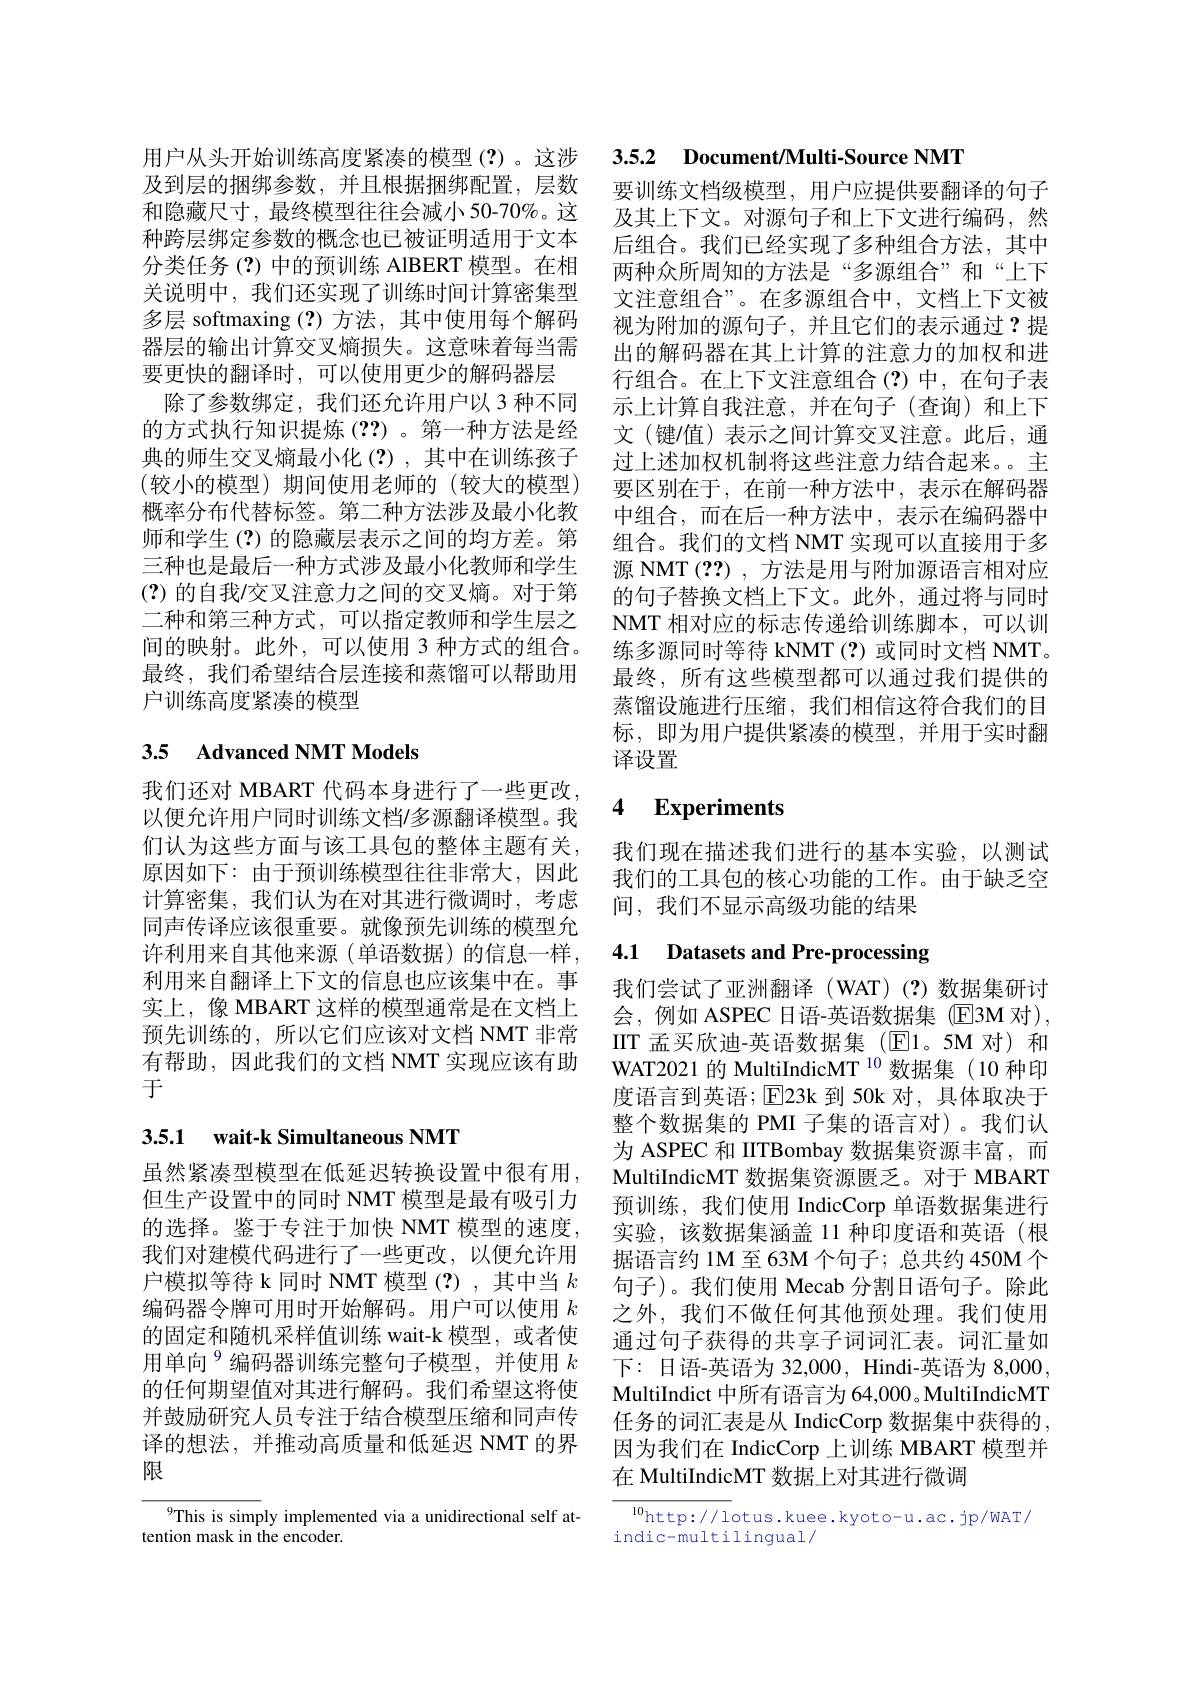
及到层的捆绑参数，并且根据捆绑配置，层数 要训练文档级模型，用户应提供要翻译的句子和隐藏尺寸，最终模型往往会减小50-70%。这 及其上下文。对源句子和上下文进行编码，然种跨层绑定参数的概念也已被证明适用于文本 后组合。我们已经实现了多种组合方法，其中分类任务(?)中的预训练 AlBERT 模型。在相关说明中，我们还实现了训练时间计算密集型多层 softmaxing (?)方法，其中使用每个解码 视为附加的源句子，并且它们的表示通过？提
器层的输出计算交叉熵损失。这意味着每当需要更快的翻译时，可以使用更少的解码器层除了参数绑定，我们还允许用户以 3 种不同
的方式执行知识提炼(??)。第一种方法是经典的师生交叉熵最小化(?),其中在训练孩子(较小的模型)期间使用老师的(较大的模型) 概率分布代替标签。第二种方法涉及最小化教师和学生(?)的隐藏层表示之间的均方差。第三种也是最后一种方式涉及最小化教师和学生(?)的自我/交叉注意力之间的交叉熵。对于第二种和第三种方式，可以指定教师和学生层之间的映射。此外，可以使用 3 种方式的组合。最终，我们希望结合层连接和蒸馏可以帮助用户训练高度紧凑的模型

### 3.5 Advanced NMT Models

我们还对 MBART 代码本身进行了一些更改， 以便允许用户同时训练文档/多源翻译模型。我们认为这些方面与该工具包的整体主题有关， 原因如下：由于预训练模型往往非常大，因此计算密集，我们认为在对其进行微调时，考虑同声传译应该很重要。就像预先训练的模型允许利用来自其他来源(单语数据)的信息一样， 利用来自翻译上下文的信息也应该集中在。事实上，像 MBART 这样的模型通常是在文档上预先训练的，所以它们应该对文档 NMT 非常有帮助，因此我们的文档 NMT 实现应该有助于

## 3.5.1 wait-k Simultaneous NMT

虽然紧凑型模型在低延迟转换设置中很有用， 但生产设置中的同时 NMT 模型是最有吸引力的选择。鉴于专注于加快 NMT 模型的速度， 我们对建模代码进行了一些更改，以便允许用户模拟等待 k 同时 NMT 模型(?),其中当$k$ 编码器令牌可用时开始解码。用户可以使用$k$ 的固定和随机采样值训练 wait-k 模型，或者使用单向$^{9}$编码器训练完整句子模型，并使用 $k$ 的任何期望值对其进行解码。我们希望这将使并鼓励研究人员专注于结合模型压缩和同声传译的想法，并推动高质量和低延迟 NMT 的界限

9This is simply implemented via a unidirectional self at-
tention mask in the encoder.

用户从头开始训练高度紧凑的模型(?)。这涉 3.5.2 Document/Multi-Source NMT

两种众所周知的方法是“多源组合”和“上下文注意组合”。在多源组合中，文档上下文被出的解码器在其上计算的注意力的加权和进行组合。在上下文注意组合(?)中，在句子表示上计算自我注意，并在句子(查询)和上下文(键/值)表示之间计算交叉注意。此后，通过上述加权机制将这些注意力结合起来。主要区别在于，在前一种方法中，表示在解码器中组合，而在后一种方法中，表示在编码器中组合。我们的文档 NMT 实现可以直接用于多源 NMT (??) , 方法是用与附加源语言相对应的句子替换文档上下文。此外，通过将与同时NMT 相对应的标志传递给训练脚本，可以训练多源同时等待 kNMT(?)或同时文档 NMT。最终，所有这些模型都可以通过我们提供的蒸馏设施进行压缩，我们相信这符合我们的目标，即为用户提供紧凑的模型，并用于实时翻译设置

# 4 Experiments

我们现在描述我们进行的基本实验，以测试我们的工具包的核心功能的工作。由于缺乏空间，我们不显示高级功能的结果

## 4.1 Datasets and Pre-processing

我们尝试了亚洲翻译(WAT)(?)数据集研讨会，例如 ASPEC 日语-英语数据集 (E3M 对), IIT 孟买欣迪-英语数据集([E]1。5M 对)和WAT2021 的 MultiIndicMT $^{10}$数据集(10种印度语言到英语；$\operatorname{E}$23k 到 50k 对，具体取决于整个数据集的 PMI 子集的语言对)。我们认为 ASPEC 和 IITBombay 数据集资源丰富，而MultiIndicMT 数据集资源匮乏。对于 MBART 预训练，我们使用 IndicCorp 单语数据集进行实验，该数据集涵盖 11 种印度语和英语(根据语言约 1M 至 63M 个句子；总共约 450M 个句子)。我们使用 Mecab 分割日语句子。除此之外，我们不做任何其他预处理。我们使用通过句子获得的共享子词词汇表。词汇量如下：日语-英语为 32,000, Hindi-英语为 8,000, MultiIndict 中所有语言为 64,000。MultiIndicMT 任务的词汇表是从 IndicCorp 数据集中获得的， 因为我们在 IndicCorp 上训练 MBART 模型并在 MultiIndicMT 数据上对其进行微调

$\overline{\mathrm{http://1}}$otus.kuee.kyoto-u.ac.jp/wAT/
indic-multilingual/